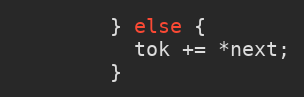
Language: C
        } else {
          tok += *next;
        }